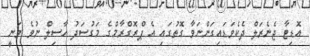
އޮޑިޓާ ޖެނެރަލް ދެކެވަޑައިގަންނަވާ ގޮތުގައި އެ ޕްރޮގްރާމްގެ މަގުސަދު ހާސިލް ނުވެ ވަނީ